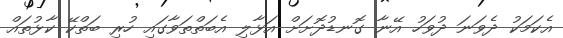
އެކަމަކު ދެވަނަ ދުވަހު އޭނާ ގޮނޑުދޮށަށް އަޅާލި އެބަތްތަވާގައި ހުރި ބަތްކޭ ކާޅުތައް